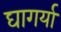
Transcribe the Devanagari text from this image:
घागर्या